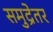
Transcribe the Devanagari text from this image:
समुद्रेतर